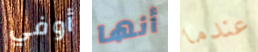
أوفي أنها عندما